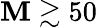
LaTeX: \mathbf{M}\gtrsim50